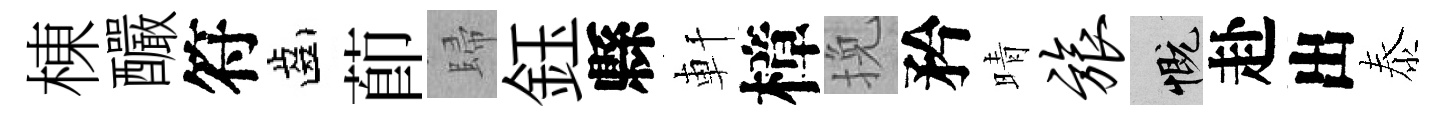
棟釅符齒莭歸鈺縣軒樟挽矜晴旅慨赴出泰